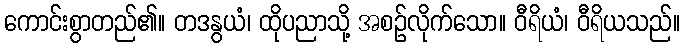
ကောင်းစွာတည်၏။ တဒနွယံ၊ ထိုပညာသို့ အစဉ်လိုက်သော။ ဝီရိယံ၊ ဝီရိယသည်။